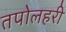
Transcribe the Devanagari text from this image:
तपोलहरी